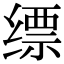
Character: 缥